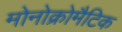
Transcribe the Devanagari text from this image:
मोनोक्रोमैटिक